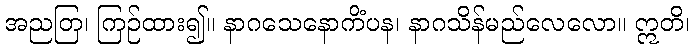
အညတြ၊ ကြဉ်ထား၍။ နာဂသေနောကိံပန၊ နာဂသိန်မည်လေလော။ ဣတိ၊